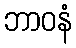
ဘာဝနံ